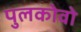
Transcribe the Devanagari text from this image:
पुलकोवो